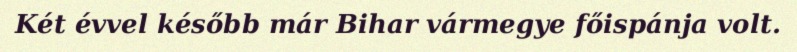
Két évvel később már Bihar vármegye főispánja volt.